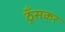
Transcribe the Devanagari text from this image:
ठूँसकर